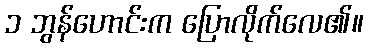
၁ ဘွန်ဟောင်းက ပြောလိုက်လေ၏။